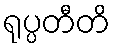
ရုပ္ပတီတိ